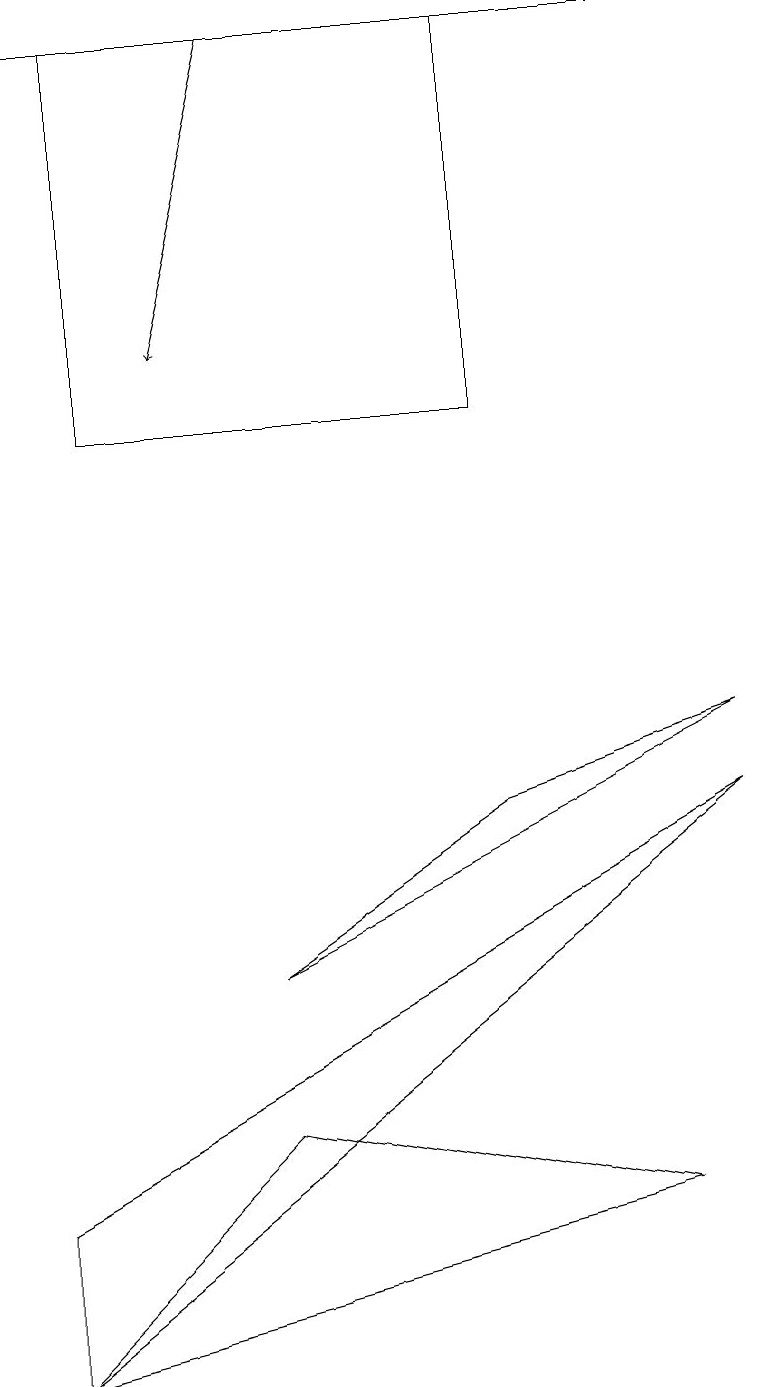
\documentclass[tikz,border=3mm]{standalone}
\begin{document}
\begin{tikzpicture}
\draw (9,9) -- (6,8) -- (3,6) -- cycle;
\draw (6,18) rectangle (1,13);
\draw (0,3) -- (0,1) -- (9,8) -- cycle;
\draw[->] (8,18) -- (0,18);
\draw[->] (3,18) -- (2,14);
\draw (3,4) -- (8,3) -- (0,1) -- cycle;
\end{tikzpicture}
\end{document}